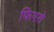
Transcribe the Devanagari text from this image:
फिएरो